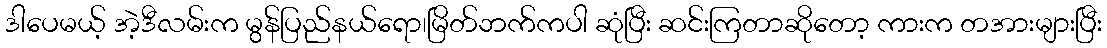
ဒါပေမယ့် အဲ့ဒီလမ်းက မွန်ပြည်နယ်ရော၊မြိတ်ဘက်ကပါ ဆုံပြီး ဆင်းကြတာဆိုတော့ ကားက တအားများပြီး